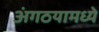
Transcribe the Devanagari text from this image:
अंगठयामध्ये